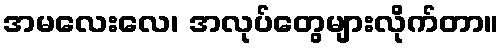
အမလေးလေ၊ အလုပ်တွေများလိုက်တာ။